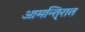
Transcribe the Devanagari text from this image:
आमन्ति्रात